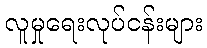
လူမှုရေးလုပ်ငန်းများ